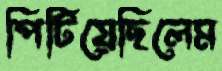
পিটিয়েছিলেম